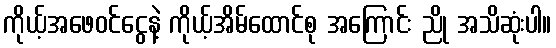
ကိုယ့်အဖေဝင်ငွေနဲ့ ကိုယ့်အိမ်ထောင်စု အကြောင်း ညို အသိဆုံးပါ။